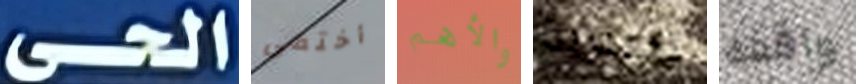
الحى أختفى والأهم تحذيرية واقفه